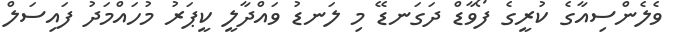
ވެލެންސިއާގެ ކުރީގެ ފޯވާޑް ދަގަނޑޭ މި ލަނޑު ވައްދާލީ ކީޕަރު މުހައްމަދު ފައިސަލް